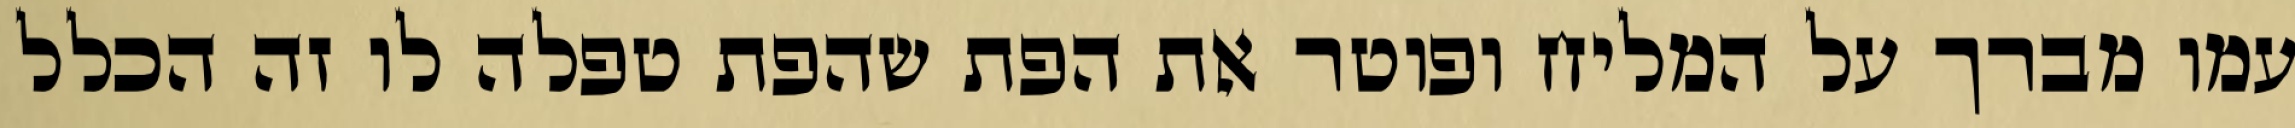
עמו מברך על המליח ופוטר את הפת שהפת טפלה לו זה הכלל